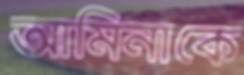
আমিনাকে